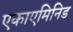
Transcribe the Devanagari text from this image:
एकाएमिनिड